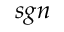
s g n